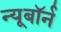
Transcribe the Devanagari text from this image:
न्यूबॉर्न